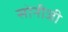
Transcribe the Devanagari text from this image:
सोनीजी